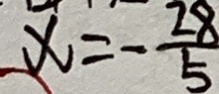
x = - \frac { 2 8 } { 5 }